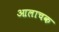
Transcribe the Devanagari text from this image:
आलाचक